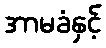
အာမခံနှင့်